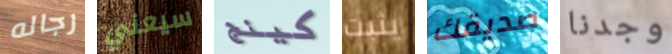
رجاله سيعني كينج يثبت صديقك وجدنا